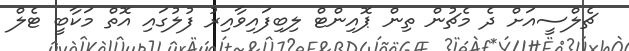
ޗެލްސީއަށް ދެ މެޗުން ތިން ޕޮއިންޓް ލިބިފައިވާއިރު ފުލުގައި އޮތް މަކާބީ ޓެލް